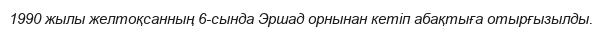
1990 жылы желтоқсанның 6-сында Эршад орнынан кетіп абақтыға отырғызылды.